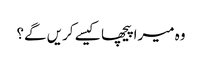
وہ میرا پیچھا کیسے کریں گے؟